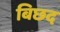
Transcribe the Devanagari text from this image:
बिछद